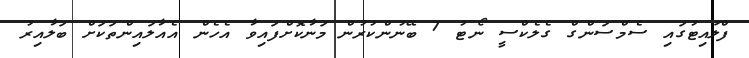
ފްލައިޓުގައި ސެމްސަންގް ގެލެކްސީ ނޯޓު 7 ބޭނުންކުރުން މަނާކޮށްފައިވާ އެހެން އެއާލައިންތަކަށް ބަލާއިރު